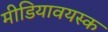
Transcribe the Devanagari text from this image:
मीडियावयस्क